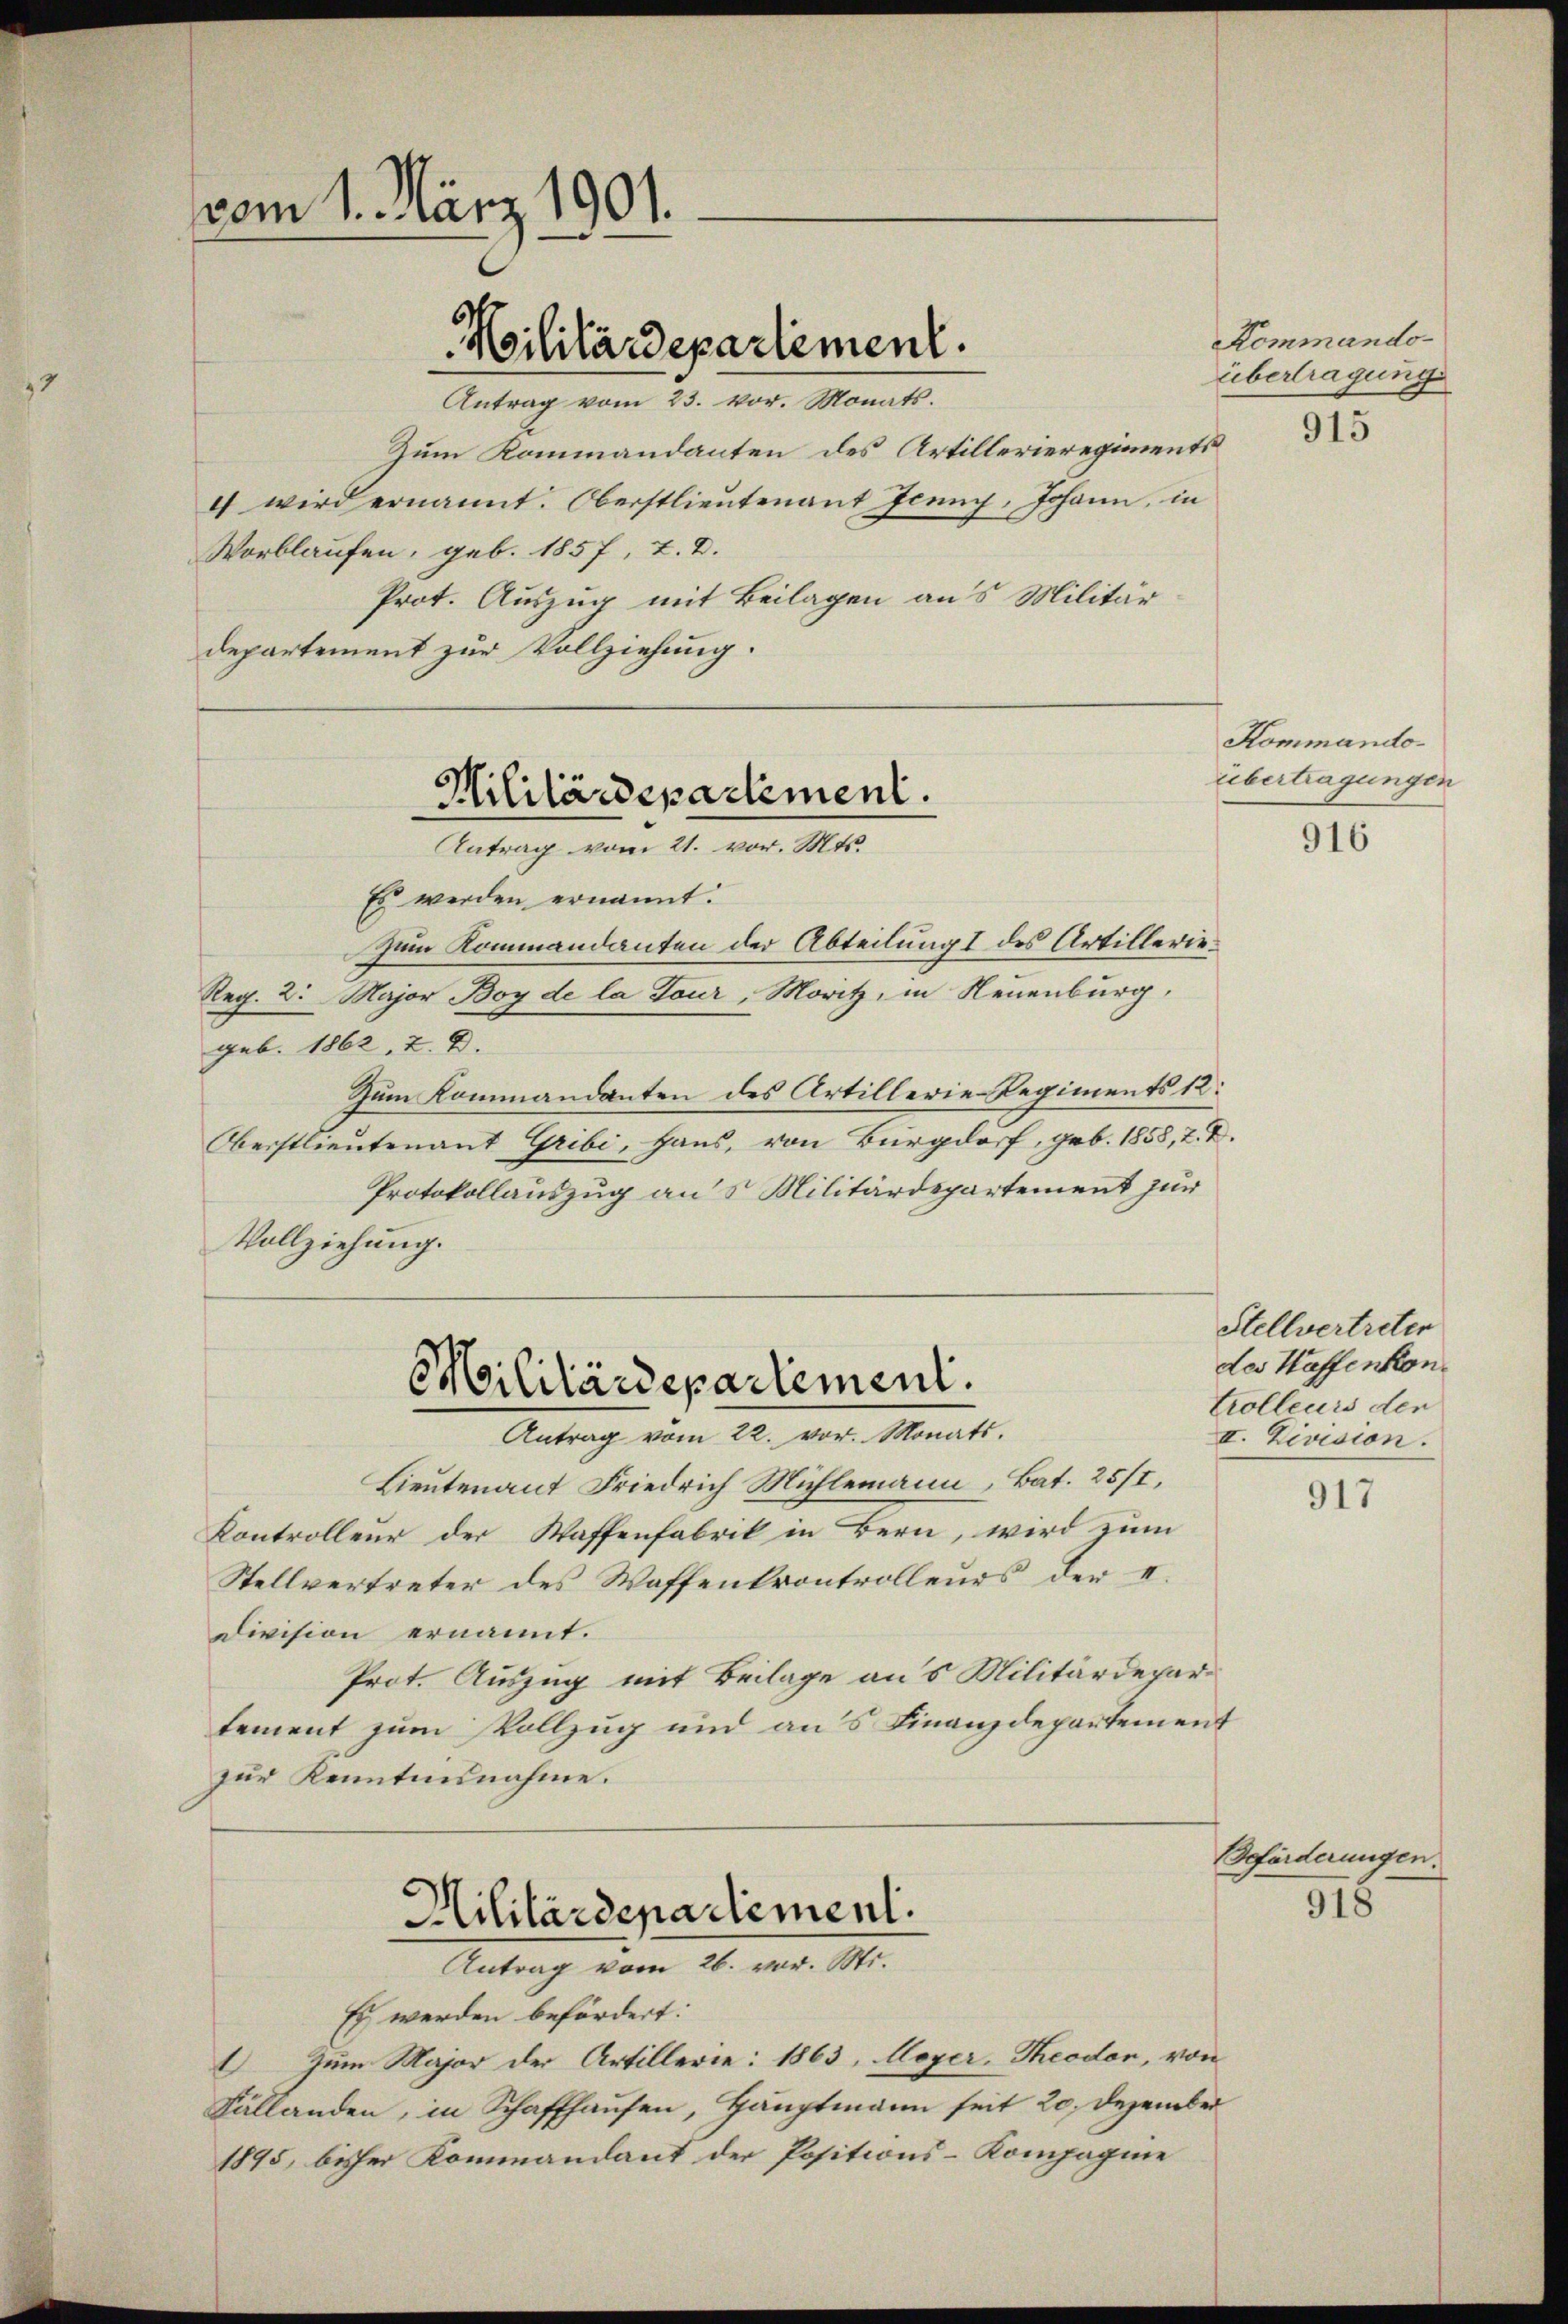
vom 1. März 1901.

Militärdepartement.

Antrag vom 23. vor. Monats.
Zum Kommandanten des Artillerieregiments
4 wird ernannt. Oberstlieutenant Jenny, Johann, in
Vorblaufen, geb. 1857, T. D.
Prot. Auszug mit Beilagen aus Militär
departement zur Vollziehung.

Es werden ernannt.
zum Kommandanten der Abteilung I des Artillerie¬
Reg. 2. Major Boy de la Tour, Moritz, in Neuenburg,
geb. 1862, 2. D.
Zum Kommandanten des Artillerie-Regiments 12:
Oberstlieutenant Gribi, Haus, von Burgdorf, geb. 1858, 2. X.
Protokollauszug an 5 Militärdepartement zur
Vollziehung.
Lieutenant Friedrich Mühlemann, Bat. 25/I,
Kontrolleur der Waffenfabrik in Bern, wird zum
Stellvertreter des Waffentrontrolleurs der I.
division ernannt.
Prot. Auszug mit Beilage an 5 Militärdepartement zum Vollzug und aus Finanzdepartement
zur Kenntnisnahme.
Militärdepartement.
Antrag vom 26. vor. Mt.
Es werden befördert:
 Zum Major der Artillerie: 1863, Meyer, Theodon, von
Fällanden, in Schaffhausen, Hauptmann seit 20. Dezember
1895, bisher Kommandant der Positions-Kompagnie

Militärdepartement.
Antrag vom 21. vor. Mts.

Militärdepartement.
Antrag vom 22. vor. Monats.

Kommando-
Übertragung

915

Kommando-
übertragungen

916

Stellvertreten
des Haffenkontrolleurs der
II. Division.

917

Beförderungen.

918